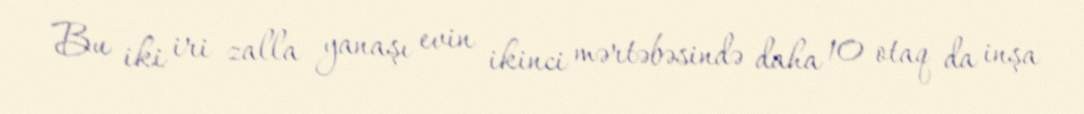
Bu iki iri zalla yanaşı evin ikinci mərtəbəsində daha 10 otaq da inşa